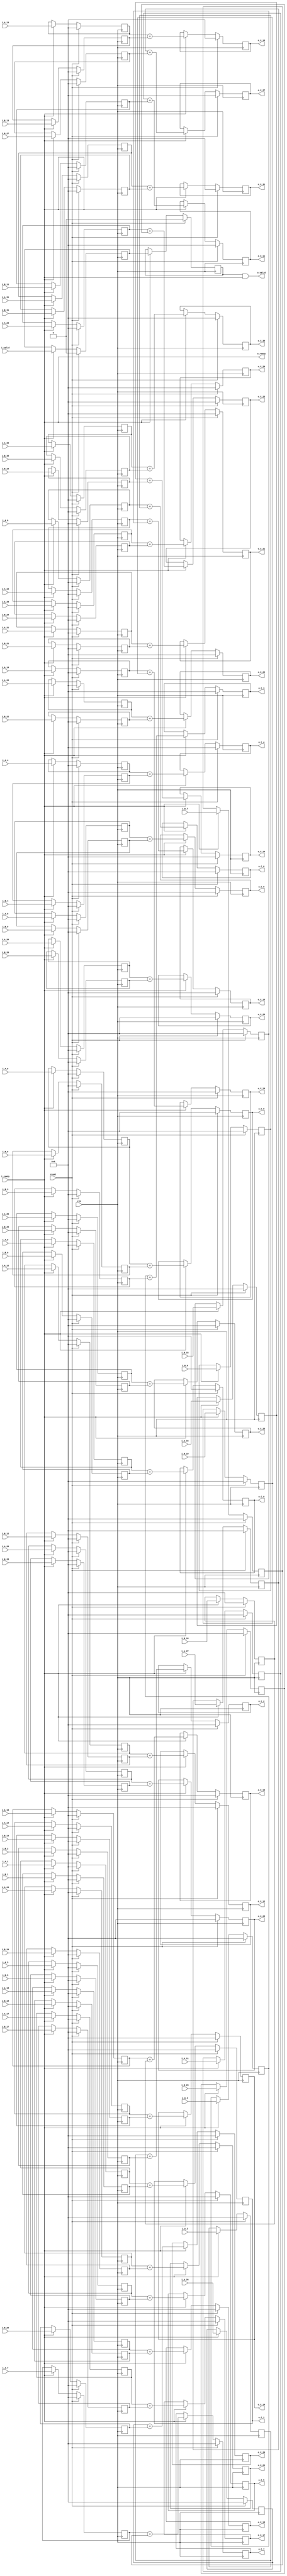
`define SIMULATION_MEMORY

module elementwise_add_core_18_18_32 (
	input clk,
	input reset,
	input i_valid,
	input i_ready,
	input [17:0] i_A_0,
	input [17:0] i_B_0,
	output [17:0] o_C_0,
	input [17:0] i_A_1,
	input [17:0] i_B_1,
	output [17:0] o_C_1,
	input [17:0] i_A_2,
	input [17:0] i_B_2,
	output [17:0] o_C_2,
	input [17:0] i_A_3,
	input [17:0] i_B_3,
	output [17:0] o_C_3,
	input [17:0] i_A_4,
	input [17:0] i_B_4,
	output [17:0] o_C_4,
	input [17:0] i_A_5,
	input [17:0] i_B_5,
	output [17:0] o_C_5,
	input [17:0] i_A_6,
	input [17:0] i_B_6,
	output [17:0] o_C_6,
	input [17:0] i_A_7,
	input [17:0] i_B_7,
	output [17:0] o_C_7,
	input [17:0] i_A_8,
	input [17:0] i_B_8,
	output [17:0] o_C_8,
	input [17:0] i_A_9,
	input [17:0] i_B_9,
	output [17:0] o_C_9,
	input [17:0] i_A_10,
	input [17:0] i_B_10,
	output [17:0] o_C_10,
	input [17:0] i_A_11,
	input [17:0] i_B_11,
	output [17:0] o_C_11,
	input [17:0] i_A_12,
	input [17:0] i_B_12,
	output [17:0] o_C_12,
	input [17:0] i_A_13,
	input [17:0] i_B_13,
	output [17:0] o_C_13,
	input [17:0] i_A_14,
	input [17:0] i_B_14,
	output [17:0] o_C_14,
	input [17:0] i_A_15,
	input [17:0] i_B_15,
	output [17:0] o_C_15,
	input [17:0] i_A_16,
	input [17:0] i_B_16,
	output [17:0] o_C_16,
	input [17:0] i_A_17,
	input [17:0] i_B_17,
	output [17:0] o_C_17,
	input [17:0] i_A_18,
	input [17:0] i_B_18,
	output [17:0] o_C_18,
	input [17:0] i_A_19,
	input [17:0] i_B_19,
	output [17:0] o_C_19,
	input [17:0] i_A_20,
	input [17:0] i_B_20,
	output [17:0] o_C_20,
	input [17:0] i_A_21,
	input [17:0] i_B_21,
	output [17:0] o_C_21,
	input [17:0] i_A_22,
	input [17:0] i_B_22,
	output [17:0] o_C_22,
	input [17:0] i_A_23,
	input [17:0] i_B_23,
	output [17:0] o_C_23,
	input [17:0] i_A_24,
	input [17:0] i_B_24,
	output [17:0] o_C_24,
	input [17:0] i_A_25,
	input [17:0] i_B_25,
	output [17:0] o_C_25,
	input [17:0] i_A_26,
	input [17:0] i_B_26,
	output [17:0] o_C_26,
	input [17:0] i_A_27,
	input [17:0] i_B_27,
	output [17:0] o_C_27,
	input [17:0] i_A_28,
	input [17:0] i_B_28,
	output [17:0] o_C_28,
	input [17:0] i_A_29,
	input [17:0] i_B_29,
	output [17:0] o_C_29,
	input [17:0] i_A_30,
	input [17:0] i_B_30,
	output [17:0] o_C_30,
	input [17:0] i_A_31,
	input [17:0] i_B_31,
	output [17:0] o_C_31,
	output o_valid,
	output o_ready
);

reg [17:0] reg_A_0;
reg [17:0] reg_B_0;
reg [17:0] reg_C_0;
reg [17:0] reg_A_1;
reg [17:0] reg_B_1;
reg [17:0] reg_C_1;
reg [17:0] reg_A_2;
reg [17:0] reg_B_2;
reg [17:0] reg_C_2;
reg [17:0] reg_A_3;
reg [17:0] reg_B_3;
reg [17:0] reg_C_3;
reg [17:0] reg_A_4;
reg [17:0] reg_B_4;
reg [17:0] reg_C_4;
reg [17:0] reg_A_5;
reg [17:0] reg_B_5;
reg [17:0] reg_C_5;
reg [17:0] reg_A_6;
reg [17:0] reg_B_6;
reg [17:0] reg_C_6;
reg [17:0] reg_A_7;
reg [17:0] reg_B_7;
reg [17:0] reg_C_7;
reg [17:0] reg_A_8;
reg [17:0] reg_B_8;
reg [17:0] reg_C_8;
reg [17:0] reg_A_9;
reg [17:0] reg_B_9;
reg [17:0] reg_C_9;
reg [17:0] reg_A_10;
reg [17:0] reg_B_10;
reg [17:0] reg_C_10;
reg [17:0] reg_A_11;
reg [17:0] reg_B_11;
reg [17:0] reg_C_11;
reg [17:0] reg_A_12;
reg [17:0] reg_B_12;
reg [17:0] reg_C_12;
reg [17:0] reg_A_13;
reg [17:0] reg_B_13;
reg [17:0] reg_C_13;
reg [17:0] reg_A_14;
reg [17:0] reg_B_14;
reg [17:0] reg_C_14;
reg [17:0] reg_A_15;
reg [17:0] reg_B_15;
reg [17:0] reg_C_15;
reg [17:0] reg_A_16;
reg [17:0] reg_B_16;
reg [17:0] reg_C_16;
reg [17:0] reg_A_17;
reg [17:0] reg_B_17;
reg [17:0] reg_C_17;
reg [17:0] reg_A_18;
reg [17:0] reg_B_18;
reg [17:0] reg_C_18;
reg [17:0] reg_A_19;
reg [17:0] reg_B_19;
reg [17:0] reg_C_19;
reg [17:0] reg_A_20;
reg [17:0] reg_B_20;
reg [17:0] reg_C_20;
reg [17:0] reg_A_21;
reg [17:0] reg_B_21;
reg [17:0] reg_C_21;
reg [17:0] reg_A_22;
reg [17:0] reg_B_22;
reg [17:0] reg_C_22;
reg [17:0] reg_A_23;
reg [17:0] reg_B_23;
reg [17:0] reg_C_23;
reg [17:0] reg_A_24;
reg [17:0] reg_B_24;
reg [17:0] reg_C_24;
reg [17:0] reg_A_25;
reg [17:0] reg_B_25;
reg [17:0] reg_C_25;
reg [17:0] reg_A_26;
reg [17:0] reg_B_26;
reg [17:0] reg_C_26;
reg [17:0] reg_A_27;
reg [17:0] reg_B_27;
reg [17:0] reg_C_27;
reg [17:0] reg_A_28;
reg [17:0] reg_B_28;
reg [17:0] reg_C_28;
reg [17:0] reg_A_29;
reg [17:0] reg_B_29;
reg [17:0] reg_C_29;
reg [17:0] reg_A_30;
reg [17:0] reg_B_30;
reg [17:0] reg_C_30;
reg [17:0] reg_A_31;
reg [17:0] reg_B_31;
reg [17:0] reg_C_31;

reg valid_A_B, valid_C;
wire enable;
assign enable = i_ready;

always @ (posedge clk) begin
	if (reset) begin
		valid_A_B <= 1'b0;
		valid_C <= 1'b0;
		reg_A_0 <= 0;
		reg_B_0 <= 0;
		reg_C_0 <= 0;
		reg_A_1 <= 0;
		reg_B_1 <= 0;
		reg_C_1 <= 0;
		reg_A_2 <= 0;
		reg_B_2 <= 0;
		reg_C_2 <= 0;
		reg_A_3 <= 0;
		reg_B_3 <= 0;
		reg_C_3 <= 0;
		reg_A_4 <= 0;
		reg_B_4 <= 0;
		reg_C_4 <= 0;
		reg_A_5 <= 0;
		reg_B_5 <= 0;
		reg_C_5 <= 0;
		reg_A_6 <= 0;
		reg_B_6 <= 0;
		reg_C_6 <= 0;
		reg_A_7 <= 0;
		reg_B_7 <= 0;
		reg_C_7 <= 0;
		reg_A_8 <= 0;
		reg_B_8 <= 0;
		reg_C_8 <= 0;
		reg_A_9 <= 0;
		reg_B_9 <= 0;
		reg_C_9 <= 0;
		reg_A_10 <= 0;
		reg_B_10 <= 0;
		reg_C_10 <= 0;
		reg_A_11 <= 0;
		reg_B_11 <= 0;
		reg_C_11 <= 0;
		reg_A_12 <= 0;
		reg_B_12 <= 0;
		reg_C_12 <= 0;
		reg_A_13 <= 0;
		reg_B_13 <= 0;
		reg_C_13 <= 0;
		reg_A_14 <= 0;
		reg_B_14 <= 0;
		reg_C_14 <= 0;
		reg_A_15 <= 0;
		reg_B_15 <= 0;
		reg_C_15 <= 0;
		reg_A_16 <= 0;
		reg_B_16 <= 0;
		reg_C_16 <= 0;
		reg_A_17 <= 0;
		reg_B_17 <= 0;
		reg_C_17 <= 0;
		reg_A_18 <= 0;
		reg_B_18 <= 0;
		reg_C_18 <= 0;
		reg_A_19 <= 0;
		reg_B_19 <= 0;
		reg_C_19 <= 0;
		reg_A_20 <= 0;
		reg_B_20 <= 0;
		reg_C_20 <= 0;
		reg_A_21 <= 0;
		reg_B_21 <= 0;
		reg_C_21 <= 0;
		reg_A_22 <= 0;
		reg_B_22 <= 0;
		reg_C_22 <= 0;
		reg_A_23 <= 0;
		reg_B_23 <= 0;
		reg_C_23 <= 0;
		reg_A_24 <= 0;
		reg_B_24 <= 0;
		reg_C_24 <= 0;
		reg_A_25 <= 0;
		reg_B_25 <= 0;
		reg_C_25 <= 0;
		reg_A_26 <= 0;
		reg_B_26 <= 0;
		reg_C_26 <= 0;
		reg_A_27 <= 0;
		reg_B_27 <= 0;
		reg_C_27 <= 0;
		reg_A_28 <= 0;
		reg_B_28 <= 0;
		reg_C_28 <= 0;
		reg_A_29 <= 0;
		reg_B_29 <= 0;
		reg_C_29 <= 0;
		reg_A_30 <= 0;
		reg_B_30 <= 0;
		reg_C_30 <= 0;
		reg_A_31 <= 0;
		reg_B_31 <= 0;
		reg_C_31 <= 0;
	end else if (enable) begin
		reg_A_0 <= i_A_0;
		reg_B_0 <= i_B_0;
		reg_C_0 <= reg_A_0 + reg_B_0;
		reg_A_1 <= i_A_1;
		reg_B_1 <= i_B_1;
		reg_C_1 <= reg_A_1 + reg_B_1;
		reg_A_2 <= i_A_2;
		reg_B_2 <= i_B_2;
		reg_C_2 <= reg_A_2 + reg_B_2;
		reg_A_3 <= i_A_3;
		reg_B_3 <= i_B_3;
		reg_C_3 <= reg_A_3 + reg_B_3;
		reg_A_4 <= i_A_4;
		reg_B_4 <= i_B_4;
		reg_C_4 <= reg_A_4 + reg_B_4;
		reg_A_5 <= i_A_5;
		reg_B_5 <= i_B_5;
		reg_C_5 <= reg_A_5 + reg_B_5;
		reg_A_6 <= i_A_6;
		reg_B_6 <= i_B_6;
		reg_C_6 <= reg_A_6 + reg_B_6;
		reg_A_7 <= i_A_7;
		reg_B_7 <= i_B_7;
		reg_C_7 <= reg_A_7 + reg_B_7;
		reg_A_8 <= i_A_8;
		reg_B_8 <= i_B_8;
		reg_C_8 <= reg_A_8 + reg_B_8;
		reg_A_9 <= i_A_9;
		reg_B_9 <= i_B_9;
		reg_C_9 <= reg_A_9 + reg_B_9;
		reg_A_10 <= i_A_10;
		reg_B_10 <= i_B_10;
		reg_C_10 <= reg_A_10 + reg_B_10;
		reg_A_11 <= i_A_11;
		reg_B_11 <= i_B_11;
		reg_C_11 <= reg_A_11 + reg_B_11;
		reg_A_12 <= i_A_12;
		reg_B_12 <= i_B_12;
		reg_C_12 <= reg_A_12 + reg_B_12;
		reg_A_13 <= i_A_13;
		reg_B_13 <= i_B_13;
		reg_C_13 <= reg_A_13 + reg_B_13;
		reg_A_14 <= i_A_14;
		reg_B_14 <= i_B_14;
		reg_C_14 <= reg_A_14 + reg_B_14;
		reg_A_15 <= i_A_15;
		reg_B_15 <= i_B_15;
		reg_C_15 <= reg_A_15 + reg_B_15;
		reg_A_16 <= i_A_16;
		reg_B_16 <= i_B_16;
		reg_C_16 <= reg_A_16 + reg_B_16;
		reg_A_17 <= i_A_17;
		reg_B_17 <= i_B_17;
		reg_C_17 <= reg_A_17 + reg_B_17;
		reg_A_18 <= i_A_18;
		reg_B_18 <= i_B_18;
		reg_C_18 <= reg_A_18 + reg_B_18;
		reg_A_19 <= i_A_19;
		reg_B_19 <= i_B_19;
		reg_C_19 <= reg_A_19 + reg_B_19;
		reg_A_20 <= i_A_20;
		reg_B_20 <= i_B_20;
		reg_C_20 <= reg_A_20 + reg_B_20;
		reg_A_21 <= i_A_21;
		reg_B_21 <= i_B_21;
		reg_C_21 <= reg_A_21 + reg_B_21;
		reg_A_22 <= i_A_22;
		reg_B_22 <= i_B_22;
		reg_C_22 <= reg_A_22 + reg_B_22;
		reg_A_23 <= i_A_23;
		reg_B_23 <= i_B_23;
		reg_C_23 <= reg_A_23 + reg_B_23;
		reg_A_24 <= i_A_24;
		reg_B_24 <= i_B_24;
		reg_C_24 <= reg_A_24 + reg_B_24;
		reg_A_25 <= i_A_25;
		reg_B_25 <= i_B_25;
		reg_C_25 <= reg_A_25 + reg_B_25;
		reg_A_26 <= i_A_26;
		reg_B_26 <= i_B_26;
		reg_C_26 <= reg_A_26 + reg_B_26;
		reg_A_27 <= i_A_27;
		reg_B_27 <= i_B_27;
		reg_C_27 <= reg_A_27 + reg_B_27;
		reg_A_28 <= i_A_28;
		reg_B_28 <= i_B_28;
		reg_C_28 <= reg_A_28 + reg_B_28;
		reg_A_29 <= i_A_29;
		reg_B_29 <= i_B_29;
		reg_C_29 <= reg_A_29 + reg_B_29;
		reg_A_30 <= i_A_30;
		reg_B_30 <= i_B_30;
		reg_C_30 <= reg_A_30 + reg_B_30;
		reg_A_31 <= i_A_31;
		reg_B_31 <= i_B_31;
		reg_C_31 <= reg_A_31 + reg_B_31;
		valid_A_B <= i_valid;
		valid_C <= valid_A_B;
	end
end

assign o_C_0 = reg_C_0;
assign o_C_1 = reg_C_1;
assign o_C_2 = reg_C_2;
assign o_C_3 = reg_C_3;
assign o_C_4 = reg_C_4;
assign o_C_5 = reg_C_5;
assign o_C_6 = reg_C_6;
assign o_C_7 = reg_C_7;
assign o_C_8 = reg_C_8;
assign o_C_9 = reg_C_9;
assign o_C_10 = reg_C_10;
assign o_C_11 = reg_C_11;
assign o_C_12 = reg_C_12;
assign o_C_13 = reg_C_13;
assign o_C_14 = reg_C_14;
assign o_C_15 = reg_C_15;
assign o_C_16 = reg_C_16;
assign o_C_17 = reg_C_17;
assign o_C_18 = reg_C_18;
assign o_C_19 = reg_C_19;
assign o_C_20 = reg_C_20;
assign o_C_21 = reg_C_21;
assign o_C_22 = reg_C_22;
assign o_C_23 = reg_C_23;
assign o_C_24 = reg_C_24;
assign o_C_25 = reg_C_25;
assign o_C_26 = reg_C_26;
assign o_C_27 = reg_C_27;
assign o_C_28 = reg_C_28;
assign o_C_29 = reg_C_29;
assign o_C_30 = reg_C_30;
assign o_C_31 = reg_C_31;
assign o_ready = i_ready;
assign o_valid = valid_C & i_ready;

endmodule